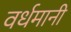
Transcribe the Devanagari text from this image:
वर्धमानी